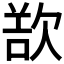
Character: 𣣔